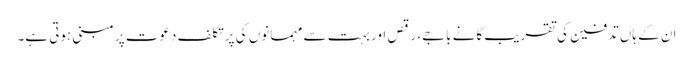
ان کے ہاں تدفین کی تقریب گانے باجے، رقص اور بہت سے مہمانوں کی پرتکلف دعوت پر مبنی ہوتی ہے۔